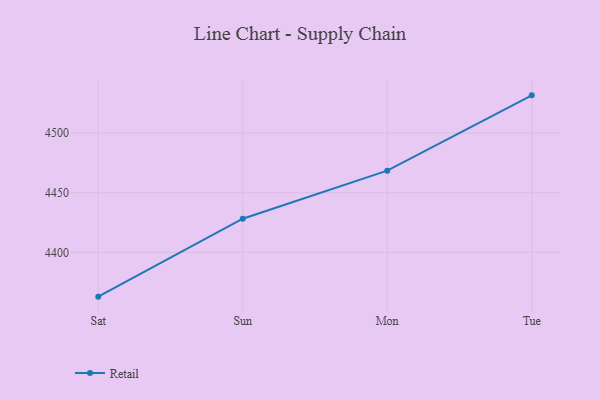
{"axis": {"x": "Day", "y": "Operating Costs (USD K)"}, "legend": ["Retail"], "data": [{"x": "Sat", "y": 4362.9, "type": "Retail"}, {"x": "Sun", "y": 4428.2, "type": "Retail"}, {"x": "Mon", "y": 4468.4, "type": "Retail"}, {"x": "Tue", "y": 4531.5, "type": "Retail"}]}